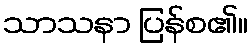
သာသနာ ပြန်စ၏။